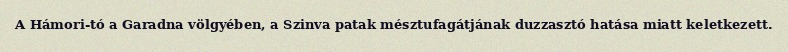
A Hámori-tó a Garadna völgyében, a Szinva patak mésztufagátjának duzzasztó hatása miatt keletkezett.